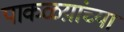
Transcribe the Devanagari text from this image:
पाकळय़ांच्या